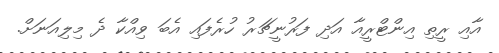
އާއި ރީތި އިންޓްރީއާ އަދި ފަރުނީޗަރު ހުރެފައި އެބަ ވިއްކާ ދެ މިލިއަނަށް.